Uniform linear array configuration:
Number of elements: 32
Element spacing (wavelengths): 0.5
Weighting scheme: exponential
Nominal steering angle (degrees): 0
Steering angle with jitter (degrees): -0.02134
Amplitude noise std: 0.05
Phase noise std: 0.05

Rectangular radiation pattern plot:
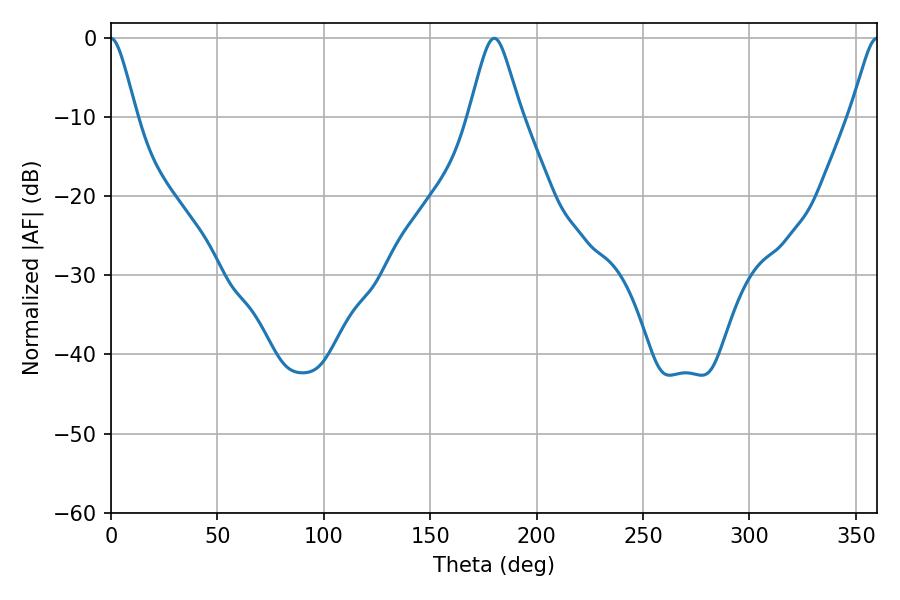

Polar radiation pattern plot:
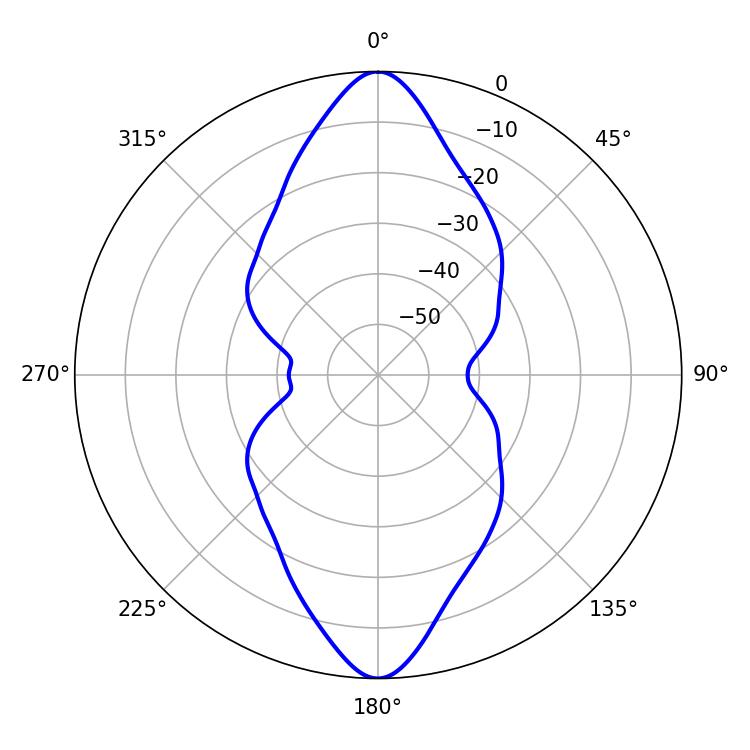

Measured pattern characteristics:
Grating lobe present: FALSE
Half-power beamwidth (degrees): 5.76
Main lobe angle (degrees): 0